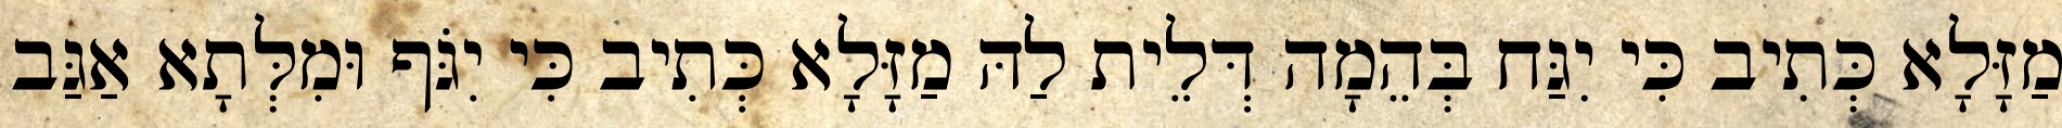
מַזָּלָא כְּתִיב כִּי יִגַּח בְּהֵמָה דְּלֵית לַהּ מַזָּלָא כְּתִיב כִּי יִגֹּף וּמִלְּתָא אַגַּב